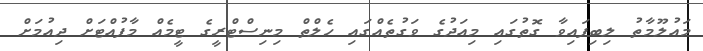
މައުލޫމާތު ލިބިފައިވާ ގޮތުގައި މިއަދުގެ ވަގުތެއްގައި ހެލްތް މިނިސްޓްރީގެ ޓީމެއް މާފުއްޓަށް ދިއުމަށް